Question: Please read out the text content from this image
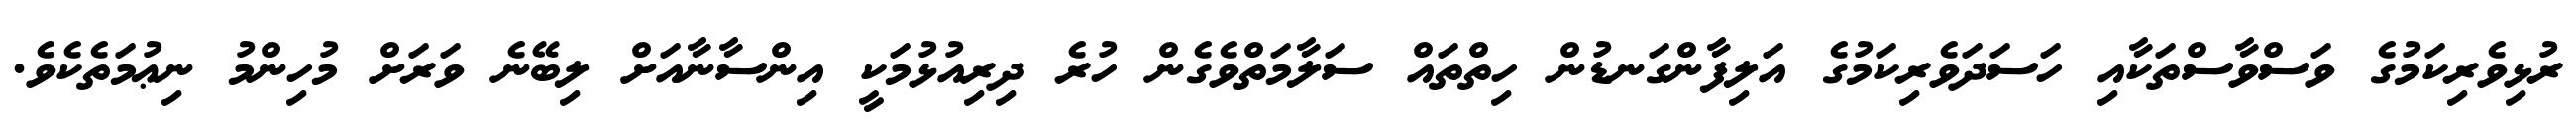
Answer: ރުޅިވެރިކަމުގެ ވަސްވާސްތަކާއި ހަސަދަވެރިކަމުގެ އަލިފާންގަނޑުން ހިތްތައް ސަލާމަތްވެގެން ހުރެ ދިރިއުޅުމަކީ އިންސާނާއަށް ލިބޭނެ ވަރަށް މުހިންމު ނިޢުމަތެކެވެ.